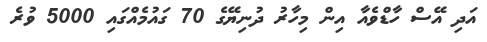
އަދި އޭސް ހާޑްވެއާ އިން މިހާރު ދުނިޔޭގެ 70 ގައުމެއްގައި 5000 ވުރެ